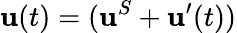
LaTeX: \mathbf{u}(t)=(\mathbf{u}^{S}+\mathbf{u}^{\prime}(t))